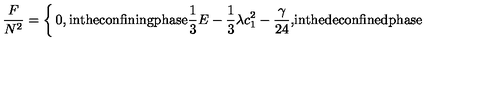
\frac { F } { N ^ { 2 } } = \left\{ \begin{matrix} { 0 , } & { \mathrm { i n t h e c o n f i n i n g p h a s e } } \\ { \frac { 1 } { 3 } E - \frac { 1 } { 3 } \lambda c _ { 1 } ^ { 2 } - \frac { \gamma } { 2 4 } , } & { \mathrm { i n t h e d e c o n f i n e d p h a s e } } \\ \end{matrix} \right.